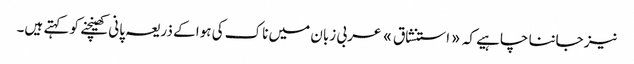
نیز جاننا چاہیے کہ «استنشاق» عربی زبان میں ناک کی ہوا کے ذریعہ پانی کھینچنے کو کہتے ہیں۔